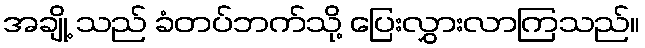
အချို့ သည် ခံတပ်ဘက်သို့ ပြေးလွှားလာကြသည်။